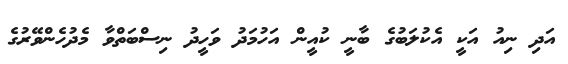
އަދި ނިއު އަކީ އެކުލަބުގެ ބާނީ ކުއީން އަހުމަދު ވަހީދު ނިސްބަތްވާ މެދުހެންވޭރުގެ